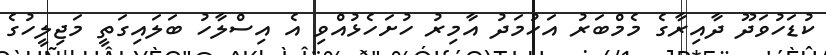
ކުޑަހުވަދޫ ދާއިރާގެ މެމްބަރު އަހުމަދު އާމިރު ހުށަހެޅުއްވި އެ އިސްލާހު ބަލައިގަތީ މަޖިލީހުގެ